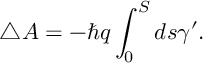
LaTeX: \triangle A = - \hbar q \int _ { 0 } ^ { S } d s \gamma ^ { \prime } .